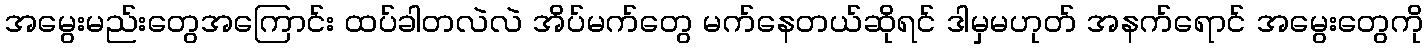
အမွေးမည်းတွေအကြောင်း ထပ်ခါတလဲလဲ အိပ်မက်တွေ မက်နေတယ်ဆိုရင် ဒါမှမဟုတ် အနက်ရောင် အမွေးတွေကို